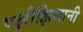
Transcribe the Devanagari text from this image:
पक्षीझिलानी